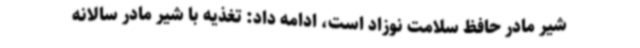
شیر مادر حافظ سلامت نوزاد است، ادامه داد: تغذیه با شیر مادر سالانه